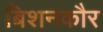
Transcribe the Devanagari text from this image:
बिशनकौर